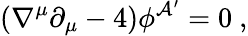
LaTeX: (\nabla^{\mu}\partial_{\mu}-4)\phi^{\mathcal{A}^{\prime}}=0\ ,